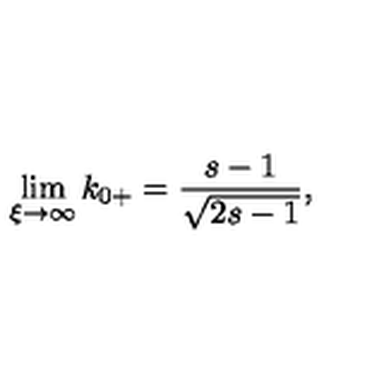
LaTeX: \lim _ { \xi \rightarrow \infty } k _ { 0 + } = \frac { s - 1 } { \sqrt { 2 s - 1 } } ,